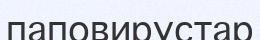
паповирустар